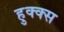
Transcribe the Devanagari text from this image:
हुक्क्स